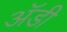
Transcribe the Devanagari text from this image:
अॅडी